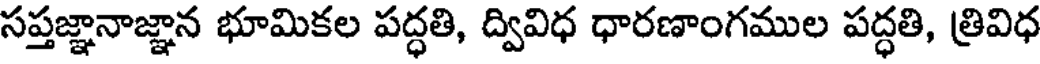
సప్తజ్ఞానాజ్ఞాన భూమికల పద్ధతి, ద్వివిధ ధారణాంగముల పద్ధతి, త్రివిధ